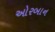
ઓરબાન